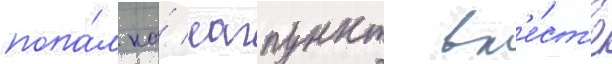
попа́л на́ лагпункт вм'е́ст'е